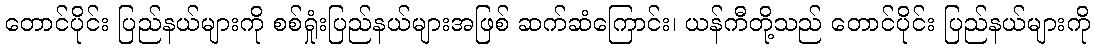
တောင်ပိုင်း ပြည်နယ်များကို စစ်ရှုံးပြည်နယ်များအဖြစ် ဆက်ဆံကြောင်း၊ ယန်ကီတို့သည် တောင်ပိုင်း ပြည်နယ်များကို